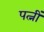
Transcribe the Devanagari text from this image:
पत्नीं